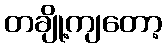
တချို့ကျတော့